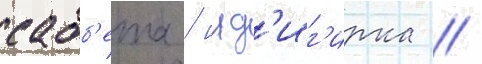
сабб'ета / инд'иг'ирка //